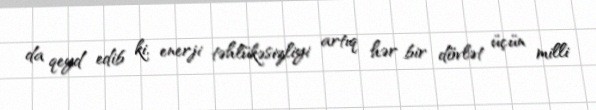
da qeyd edib ki, enerji təhlükəsizliyi artıq hər bir dövlət üçün milli